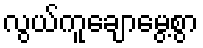
လွယ်ကူချောမွေ့စွာ